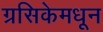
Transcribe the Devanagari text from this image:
ग्रसिकेमधून